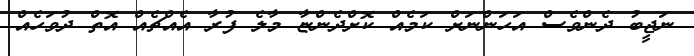
ނަޖީބު ދެންވެސް އަހަންނަށް ކަމެއް ކޮށްދެންޏާ މާލެ ފުރާ އެއްޗެއް އޮތް ދުވަހެއް